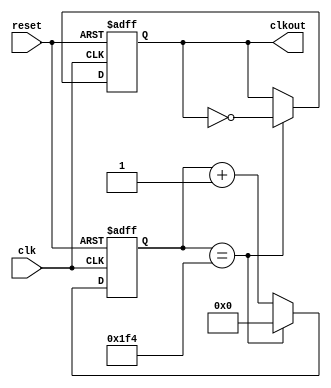
`timescale 1ns / 1ps
//////////////////////////////////////////////////////////////////////////////////
// Company: 
// Engineer: 
// 
// Design Name: 
// Module Name:    i2c_clkdiv 
// Project Name: 
// Target Devices: 
// Tool versions: 
// Description: 
//
// Dependencies: 
//
// Revision: 
// Revision 0.01 - File Created
// Additional Comments: 
//
//////////////////////////////////////////////////////////////////////////////////
module i2c_clkdiv(
    input reset,clk,
    output reg clkout
    );
reg [9:0] count;
//intial count <= 10'b1111111111;
always@(posedge clk or posedge reset)
begin
if (reset == 1'b1)
begin
count <= 10'd0;
clkout <= 1'b1;
//$display("divided clock = %h with reset",clkout);
end
else begin
if (count == 10'd500)
	begin 
	clkout <= ~clkout; 
	count <= 10'd0;
	$display("divided clock = %h in clk div",clkout);
	 end
else count <= count + 1'b1;

end
end

endmodule